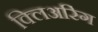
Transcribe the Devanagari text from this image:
क्लिअरिंग